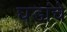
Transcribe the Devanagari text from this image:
घडांचे